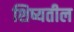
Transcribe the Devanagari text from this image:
शिष्यतील